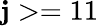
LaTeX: \mathbf{j}>=11